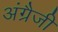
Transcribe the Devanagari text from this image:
अंग्रैजी